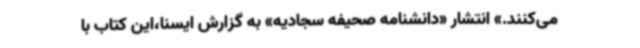
می‌کنند.» انتشار «دانشنامه صحیفه سجادیه» به گزارش ایسنا،این کتاب با